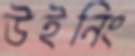
উইনিং